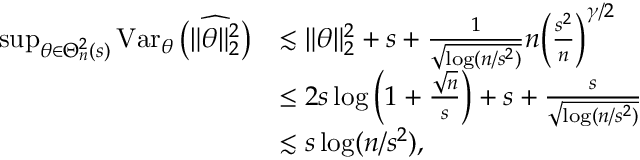
\begin{array} { r l } { \operatorname* { s u p } _ { \theta \in \Theta _ { n } ^ { 2 } ( s ) } \operatorname { V a r } _ { \theta } \big ( \widehat { \| \theta \| _ { 2 } ^ { 2 } } \big ) } & { \lesssim \| \theta \| _ { 2 } ^ { 2 } + s + \frac { 1 } { \sqrt { \log ( n / s ^ { 2 } ) } } n \Big ( \frac { s ^ { 2 } } { n } \Big ) ^ { \gamma / 2 } } \\ & { \leq 2 s \log \Big ( 1 + \frac { \sqrt { n } } s \Big ) + s + \frac { s } { \sqrt { \log ( n / s ^ { 2 } ) } } } \\ & { \lesssim s \log ( n / s ^ { 2 } ) , } \end{array}